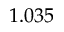
1 . 0 3 5